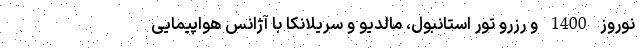
نوروز 1400 و رزرو تور استانبول، مالدیو و سریلانکا با آژانس هواپیمایی